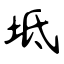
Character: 坻